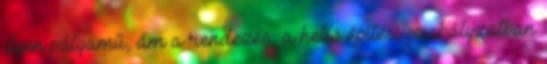
ilyen pályamű, ám a rendezés, a helyi építési szabályzatban